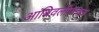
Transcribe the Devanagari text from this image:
आंबिवलीजवळ